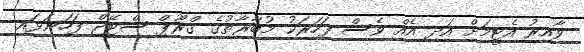
ވާއިރު އެޓީމަށް އަދި އެއް ވެސް ފަހަރަކު މުބާރާތުގެ ގްރޫޕް ސްޓޭޖް ފަހަނަޅައި